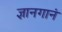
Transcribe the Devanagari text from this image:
ज्ञानगानं